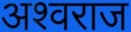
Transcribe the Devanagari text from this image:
अश्वराज